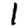
Digit: 1